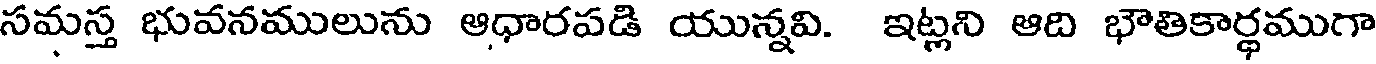
సమస్త భువనములును ఆధారపడి యున్నవి. ఇట్లని ఆది భౌతికార్థముగా